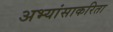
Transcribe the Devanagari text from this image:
अभ्यांसाकरिता